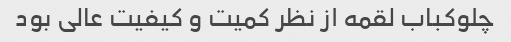
چلوکباب لقمه از نظر کمیت و کیفیت عالی بود